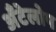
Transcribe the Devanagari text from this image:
अँटेलोप